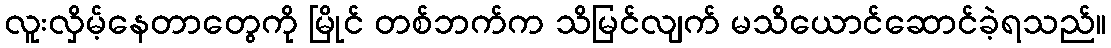
လူးလှိမ့်နေတာတွေကို မြိုင် တစ်ဘက်က သိမြင်လျက် မသိယောင်ဆောင်ခဲ့ရသည်။